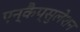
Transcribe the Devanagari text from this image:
एन्कैप्सुलेशन